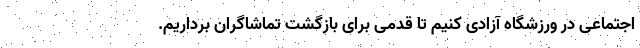
اجتماعی در ورزشگاه آزادی کنیم تا قدمی برای بازگشت تماشاگران برداریم.